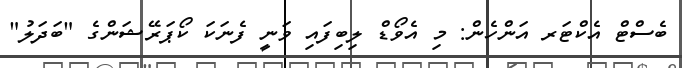
ބެސްޓް އެކްޓަރ އަންހެން: މި އެވޯޑް ލިބިފައި ވަނީ ފެނަކަ ކޯޕަރޭޝަންގެ "ބަދަލު"